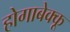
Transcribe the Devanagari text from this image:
होगाबेक्कू